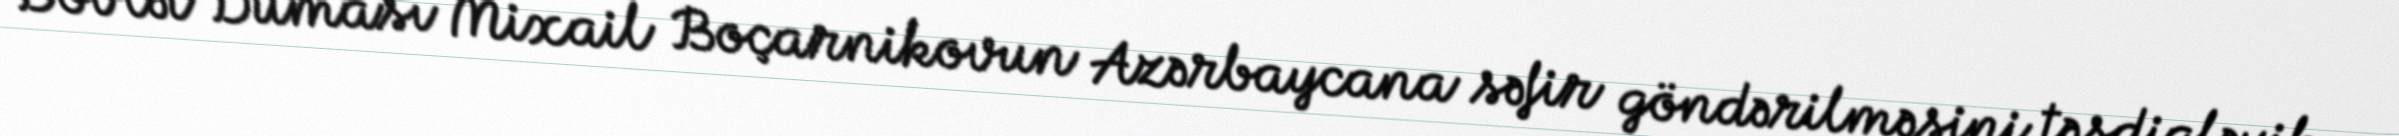
Dövlət Duması Mixail Boçarnikovun Azərbaycana səfir göndərilməsini təsdiqləyib